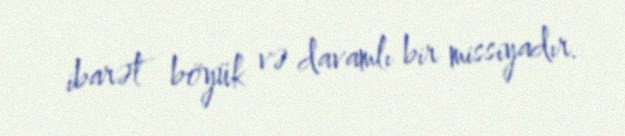
ibarət böyük və davamlı bir missiyadır.